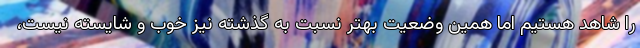
را شاهد هستیم اما همین وضعیت بهتر نسبت به گذشته نیز خوب و شایسته نیست،